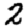
Digit: 2